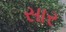
સાર